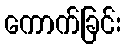
ကောက်ခြင်း